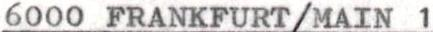
6000 FRANKFURT/MAIN 1